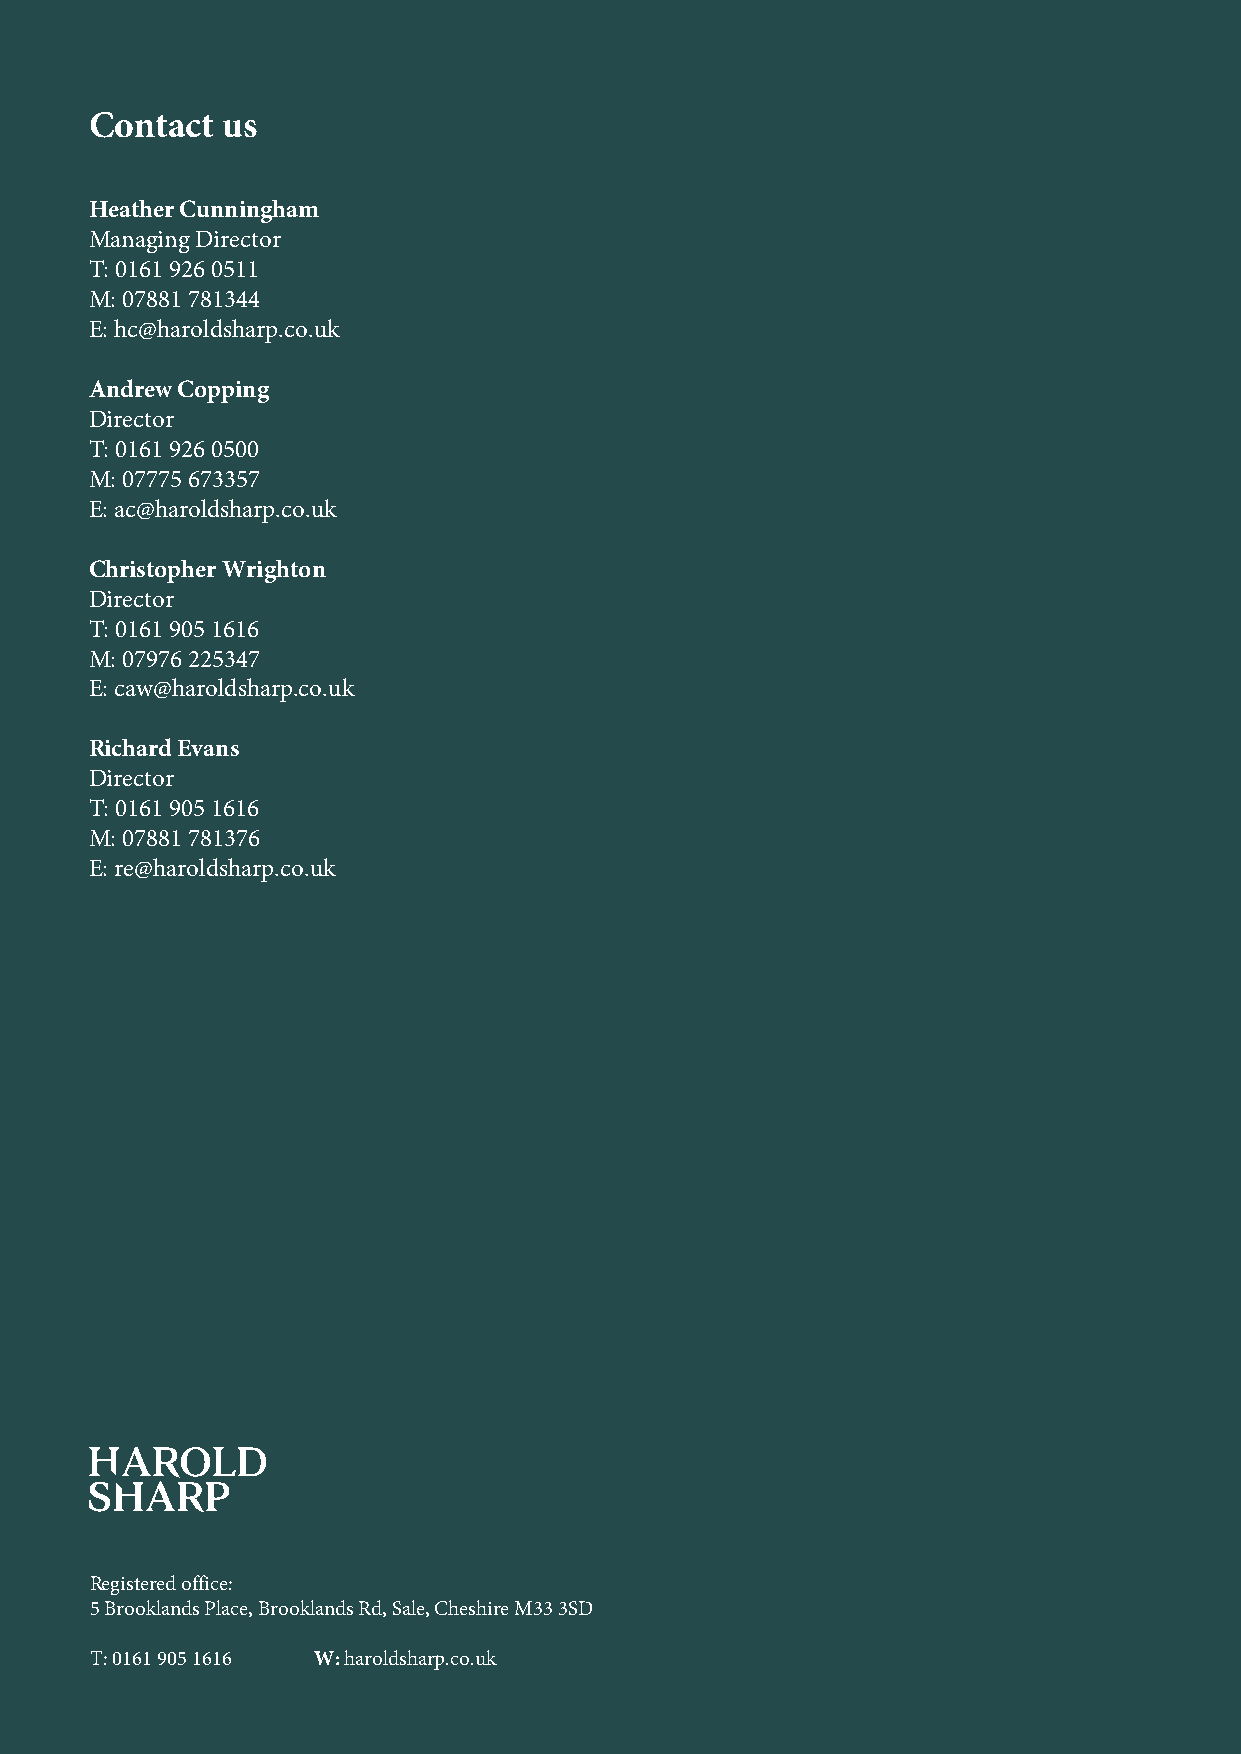
Contact  us
 Heather Cunningham
 Managing Director
 T: 0161 926 0511
 M: 07881 781344
 E: hc@haroldsharp.co.uk
 Autumn
 Andrew Copping
 Director
 T: 0161 926 0500
 Budget
 M: 07775 673357
 E: ac@haroldsharp.co.uk
 Christopher Wrighton
 Report
 Director
 T: 0161 905 1616
 M: 07976 225347
 E: caw@haroldsharp.co.uk
 Richard Evans
 Director
 2021
 T: 0161 905 1616
 M: 07881 781376
 E: re@haroldsharp.co.uk
 Registered office:
 5 Brooklands Place, Brooklands Rd, Sale, Cheshire M33 3SD
 T: 0161 905 1616 W: haroldsharp.co.uk